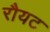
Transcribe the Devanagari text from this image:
रौयट